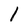
Character: l